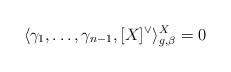
LaTeX: \begin{align*}\langle \gamma_1, \ldots, \gamma_{n-1}, [X]^\vee\rangle_{g,\beta}^X = 0\end{align*}